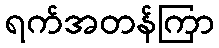
ရက်အတန်ကြာ